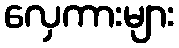
လှေကားများ